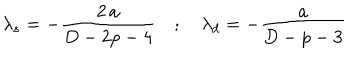
\lambda _ { s } = - \frac { 2 \, a } { D - 2 p - 4 } \quad ; \quad \lambda _ { d } = - \frac { a } { D - p - 3 }